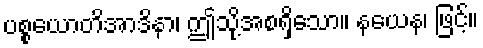
ပစ္စယောတိအာဒိနာ၊ ဤသို့အစရှိသော။ နယေန၊ ဖြင့်။